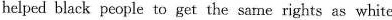
helped black people to get the sane rights as white